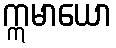
ဣမာယော